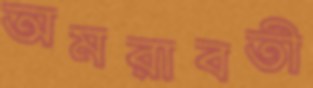
অমরাবতী